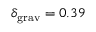
\delta _ { \mathrm { g r a v } } = 0 . 3 9